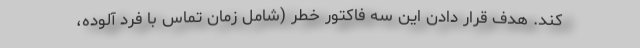
کند. هدف قرار دادن این سه فاکتور خطر (شامل زمان تماس با فرد آلوده،